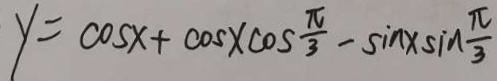
y = \cos x + \cos x \cos \frac { \pi } { 3 } - \sin x \sin \frac { \pi } { 3 }